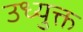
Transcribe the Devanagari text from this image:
उध्युक्त